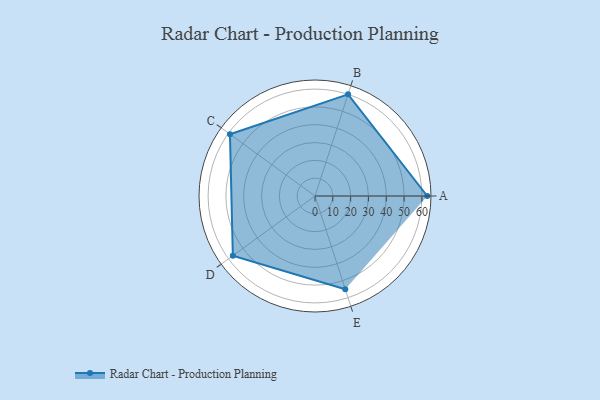
{"axis": {"x": "Skill", "y": "Score"}, "legend": ["Profile"], "data": [{"x": "A", "y": 63.0, "type": "Profile"}, {"x": "B", "y": 60.0, "type": "Profile"}, {"x": "C", "y": 59.0, "type": "Profile"}, {"x": "D", "y": 57.0, "type": "Profile"}, {"x": "E", "y": 55.0, "type": "Profile"}]}